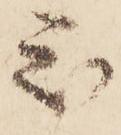
被